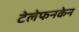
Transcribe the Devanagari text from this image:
टेलेफनकेन